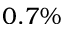
0 . 7 \%